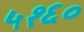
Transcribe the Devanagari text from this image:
५१६०